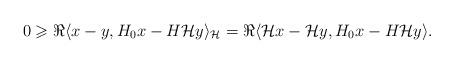
LaTeX: \begin{align*} 0\geqslant \Re \langle x-y,H_0x - H\mathcal{H}y\rangle_\mathcal{H}= \Re \langle \mathcal{H}x-\mathcal{H}y,H_0x - H\mathcal{H}y\rangle.\end{align*}